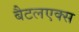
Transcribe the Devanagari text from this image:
बैटलएक्स